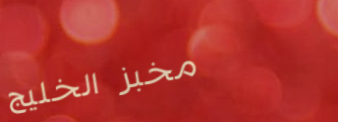
مخبز الخليج